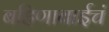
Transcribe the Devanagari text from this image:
बहिणाबाईचं